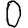
Digit: 0